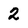
Character: 2